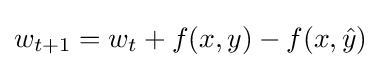
w_{t+1}=w_{t}+f(x,y)-f(x,{\hat {y}})